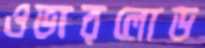
ওভারলোড